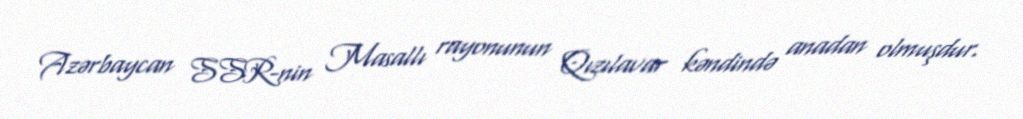
Azərbaycan SSR-nin Masallı rayonunun Qızılavar kəndində anadan olmuşdur.